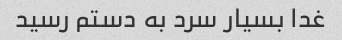
غدا بسیار سرد به دستم رسید